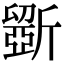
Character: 斵